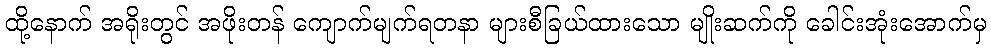
ထို့နောက် အရိုးတွင် အဖိုးတန် ကျောက်မျက်ရတနာ များစီခြယ်ထားသော မျိုးဆက်ကို ခေါင်းအုံးအောက်မှ